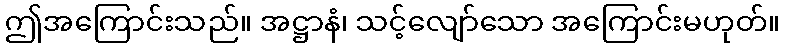
ဤအကြောင်းသည်။ အဋ္ဌာနံ၊ သင့်လျော်သော အကြောင်းမဟုတ်။